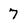
Character: 7